Medical and sanitary report of the native army of Bengal for the year
Year: 1878
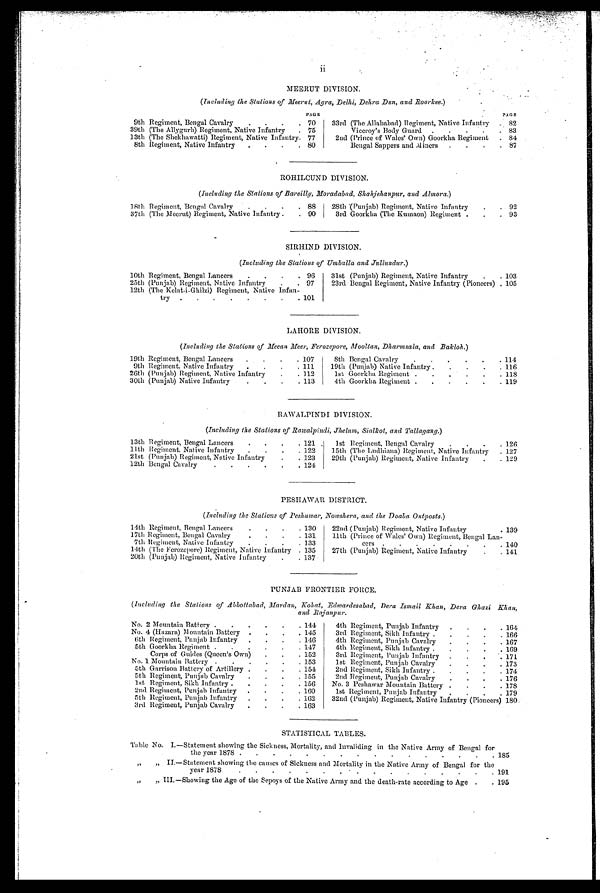
ii
MEERUT DIVISION
( Including the Stations of Meerut, Agra, Delhi, Dehra Dun, and Roorhee. )
PAGE
P A G E
9th Regiment, Bengal Cavalry
.
.
.
. 70
33rd (The Allahabad) Regiment, Native Infantry
. 82
39th (The Allygurh) Regiment, Native Infantry
. 75
Viceroy's Body Guard .
.
.
.
. 83
13th (The Shekhawatti) Regiment, Native Infantry. 77
2nd (Prince of Wales' Own) Goorkha Regiment
. 84
8th Regiment, Native Infantry
.
.
. 80
Bengal Sappers and Miners
.
.
.
. 87
ROHILCUND DIVISION
(Including the Stations of Bareilly, Moradabad, Shahjehanpur, and Almora. )
18th Regiment, Bengal Cavalry
.
.
.
. 88
28th (Punjab) Regiment, Native Infantry
.
. 92
37th (The Meerut) Regiment, Native Infantry .
. 90
3rd Goorkha (The Kumaon) Regiment .
.
. 93
SIRHIND DIVISION.
(Including the Stations of Umballa and Jullundur. )
10th Regiment, Bengal Lancers
.
.
.
. 96
31st (Punjab) Regiment, Native Infantry
.
. 103
25th (Punjab) Regiment, Native Infantry
.
. 97
23rd Bengal Regiment, Native Infantry (Pioneers)
105
12th (The Kelat-i-Ghilzi) Regiment, Native Infan
try .
.
.
.
.
.
.
. 101
LAHORE DIVISION
(Including the Stations of Meean Meer, Ferozepore, Mooltan, Dharmsala, and Bakloh. )
19th Regiment, Bengal Lancers
.
.
.
. 107
8th Bengal Cavalry
.
.
.
.
.
. 114
9th Regiment, Native Infantry
.
.
.
. 111
19th (Punjab) Native Infantry .
.
.
.
. 116
26th (Punjab) Regiment, Native Infantry
.
. 112
1st Goorkha Regiment .
.
.
.
.
. 118
30th (Punjab) Native Infantry
.
.
.
. 113
4th Goorkha Regiment .
.
.
.
,
. 119
RAWALPINDI DIVISION
(Including the Stations of Rawalpindi, Jhelum, Sialkot, and Tallagang. )
13th Regiment, Bengal Lancers
.
.
.
. 121
1st Regiment, Bengal Cavalry
.
.
.
. 126
11 th Regiment, Native Infantry
.
.
.
. 122
15th (The Ludhiana) Regiment, Native Infantry
. 127
21st (Punjab) Regiment, Native Infantry
.
. 123
29th (Punjab) Regiment, Native Infantry
.
. 129
12th Bengal Cavalry
.
. . . . . 124
PESHAWAR DISTRICT.
(Including the Stations of Peshawar, Nowshera, and the Doaba Outposts. )
14th Regiment, Bengal Lancers
.
.
.
. 130
22nd (Punjab) Regiment, Native Infantry
. 139
17th Regiment, Bengal Cavalry
.
.
.
. 131
11th (Prince of Wales' Own) Regiment, Bengal Lan-
cers .
.
.
.
.
.
.
.
7th Regiment, Native Infantry
.
.
.
. 133
140
14th (The Ferozepore) Regiment, Native Infantry . 135
27th (Punjab) Regiment, Native Infantry
.
. 141
20th (Punjab) Regiment, Native Infantry
.
. 137 .
PUNJAB FRONTIER FORCE.
(Including the Stations of Abbottabad, Mardan, Kohat, Edwardesabad, Dera Ismail Khan, Dera Ghazi Khan,
and Rajanpur.
No. 2 Mountain Battery .
.
. . . . 144
4th Regiment, Punjab Infantry
.
. . . 164
No. 4 (Hazara) Mountain Battery .
.
.
. 145
3rd Regiment, Sikh Infantry .
.
.
.
166
6th Regiment, Punjab Infantry
.
.
.
.
146
4th Regiment, Punjab Cavalry
.
.
.
. 167
5th Goorkha Regiment .
.
.
.
.
. . 147
4th Regiment, Sikh Infantry
.
.
.
. 169
Corps of Guides (Queen's Own)
152
3rd Regiment, Punjab Infantry .
.
.
. 171
No. 1 Mountain Battery .
.
.
.
. 153
1st Regiment, Punjab Cavalry
.
.
.
. 173
5th Garrison Battery of Artillery .
.
. . 154
2nd Regiment, Sikh Infantry
.
.
.
. 174
5th Regiment, Punjab Cavalry
.
.
.
. 155
2nd Regiment, Punjab Cavalry
.
.
.
. 176
1st Regiment, Sikh Infantry
.
.
.
. 156
No. 3 Peshawar Mountain Battery .
.
.
. 178
2nd Regiment, Punjab Infantry
.
.
.
. 160
1st Regiment, Punjab Infantry
.
.
.
. 179
5th Regiment, Punjab infantry
.
.
.
. 162
32nd (Punjab) Regiment, Native Infantry (Pioneers) 180.
3rd Regiment, Punjab Cavalry
.
.
.
. 163
STATISTICAL TABLES.
Table No. I.—Statement showing the Sickness, Mortality, and Invaliding in the Native Army of Bengal for
the year 1878 .
.
. . . . . . . . . . . . . . 185
„
„ II.—Statement showing the causes of Sickness and Mortality in the Native Army of Bengal for the
year 1878
.
.
.
.
.
.
.
. . . . . . . . . 191
„
,, III.—Showing the Age of the Sepoys of the Native Army and the death-rate according to Age .
. 195